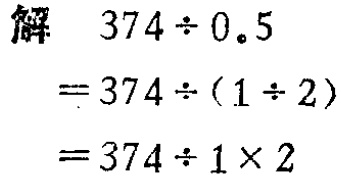
解
\[
\begin{align*}
374\div0.5&=374\div(1\div2)\\
&=374\div1\times2
\end{align*}
\]